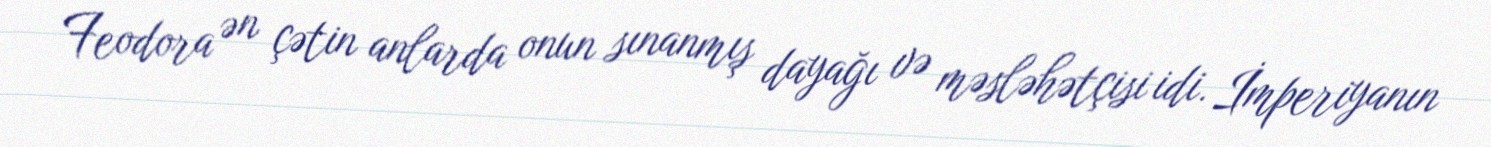
Feodora ən çətin anlarda onun sınanmış dayağı və məsləhətçisi idi. İmperiyanın